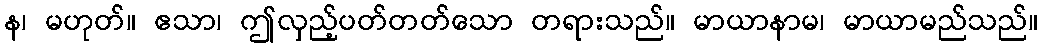
န၊ မဟုတ်။ ဧသာ၊ ဤလှည့်ပတ်တတ်သော တရားသည်။ မာယာနာမ၊ မာယာမည်သည်။